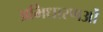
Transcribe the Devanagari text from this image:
अभिधारणओं